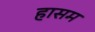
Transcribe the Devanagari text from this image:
हासम